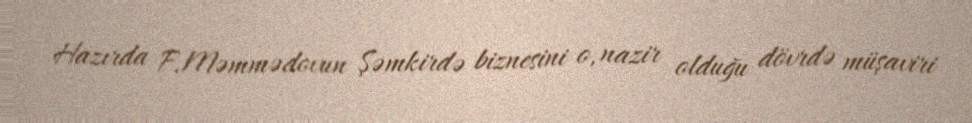
Hazırda F.Məmmədovun Şəmkirdə biznesini o, nazir olduğu dövrdə müşaviri